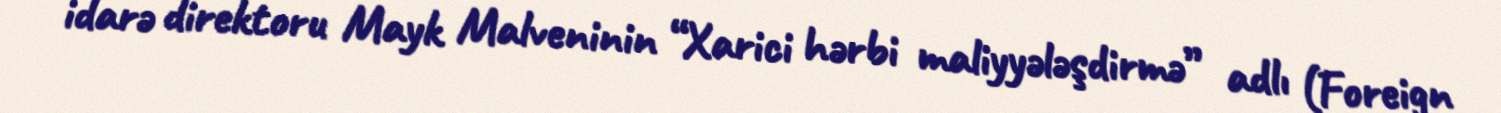
idarə direktoru Mayk Malveninin “Xarici hərbi maliyyələşdirmə” adlı (Foreign